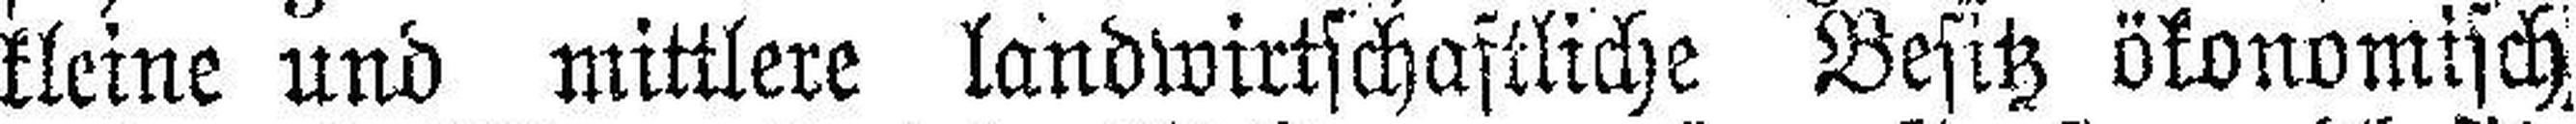
kleine und mittlere landwirtschaftliche Besitz ökonomisch